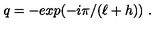
q = - e x p ( - i \pi / ( \ell + h ) ) \ .